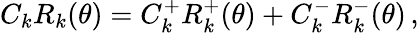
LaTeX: \begin{array}{r}{C_{k}R_{k}(\theta)=C_{k}^{+}R_{k}^{+}(\theta)+C_{k}^{-}R_{k}^{-}(\theta)\, ,}\end{array}